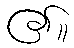
၏။